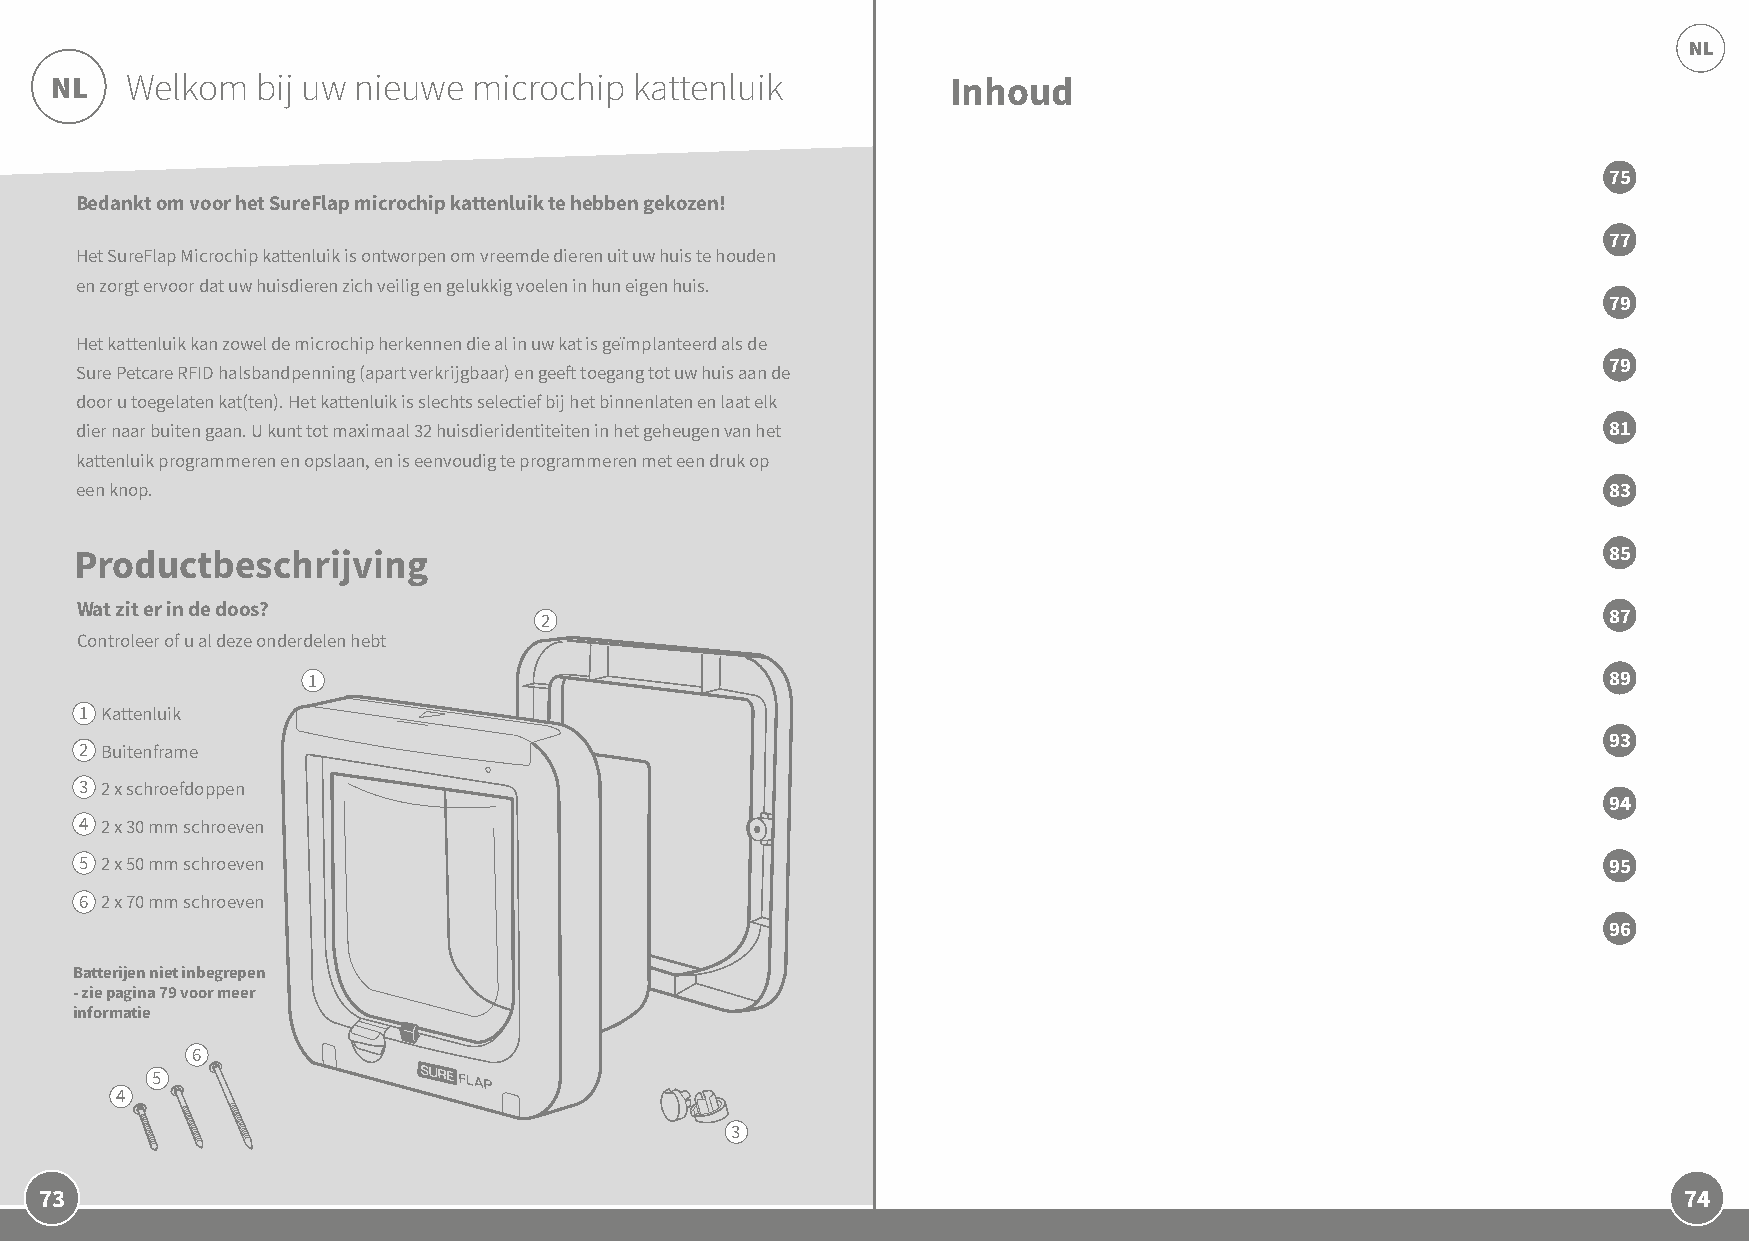
NL
 NL   Welkom   bij uw nieuwe microchip  kattenluik           Inhoud
 75
 Bedankt om voor het SureFlap microchip kattenluik te hebben gekozen!
 77
 Het SureFlap Microchip kattenluik is ontworpen om vreemde dieren uit uw huis te houden
 en zorgt ervoor dat uw huisdieren zich veilig en gelukkig voelen in hun eigen huis.
 79
 Het kattenluik kan zowel de microchip herkennen die al in uw kat is geïmplanteerd als de
 79
 Sure Petcare RFID halsbandpenning (apart verkrijgbaar) en geeft toegang tot uw huis aan de
 door u toegelaten kat(ten). Het kattenluik is slechts selectief bij het binnenlaten en laat elk
 dier naar buiten gaan. U kunt tot maximaal 32 huisdieridentiteiten in het geheugen van het           81
 kattenluik programmeren en opslaan, en is eenvoudig te programmeren met een druk op
 een knop.                                                                                            83
 Productbeschrijving                                                                                  85
 Wat zit er in de doos?
 2                                                                     87
 Controleer of u al deze onderdelen hebt
 1                                                                                     89
 1 Kattenluik
 93
 2 Buitenframe
 3 2 x schroefdoppen
 94
 4 2 x 30 mm schroeven
 5 2 x 50 mm schroeven                                                                                95
 6 2 x 70 mm schroeven
 96
 Batterijen niet inbegrepen
 - zie pagina 79 voor meer
 informatie
 6
 5
 4
 3
 73                                                                                                          74